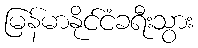
မြန်မာနိုင်ငံခရီးသွား